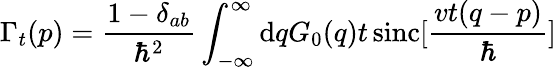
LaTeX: \Gamma_{t}(p)=\frac{1-\delta_{ab}}{\hbar^{2}}\int_{-\infty}^{\infty}\mathrm{d}q{G}_{0}(q)t\, \mathrm{sinc}[\frac{vt(q-p)}{\hbar}]